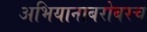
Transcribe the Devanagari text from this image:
अभियानाबरोबरच